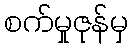
စက်မှုဇုန်မှ